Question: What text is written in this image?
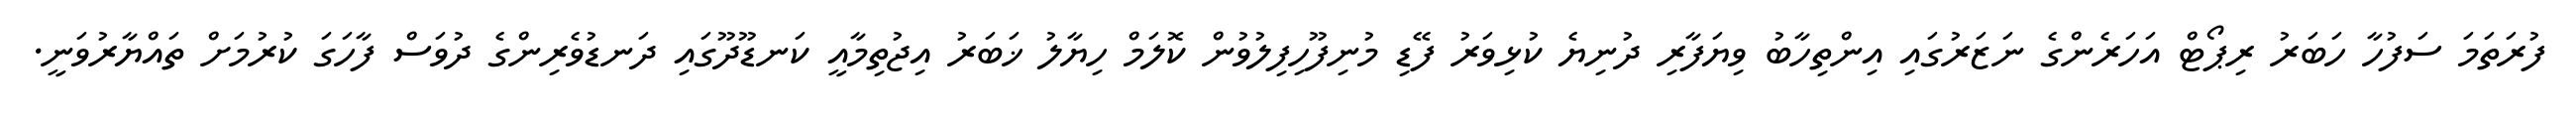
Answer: ފުރަތަމަ ސަފުހާ ހަބަރު ރިޕޯޓް އަހަރެންގެ ނަޒަރުގައި އިންތިހާބު ވިޔަފާރި ދުނިޔެ ކުޅިވަރު ފޭޑި މުނިފޫހިފިލުވުން ކޮލަމް ހިޔާލު ޚަބަރު އިޖުތިމާއީ ކަނޑޫދޫގައި ދަނޑުވެރިންގެ ދުވަސް ފާހަގަ ކުރުމަށް ތައްޔާރުވަނީ.